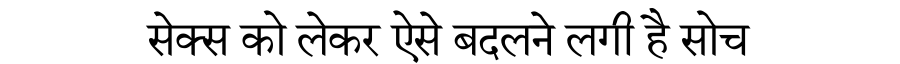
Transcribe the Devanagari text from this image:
सेक्स को लेकर ऐसे बदलने लगी है सोच